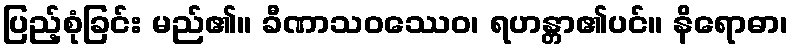
ပြည့်စုံခြင်း မည်၏။ ခီဏာသဝဿေဝ၊ ရဟန္တာ၏ပင်။ နိရောဓာ၊